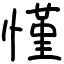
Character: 慬